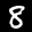
Label: 8